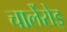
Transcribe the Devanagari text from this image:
चार्लेरोइ